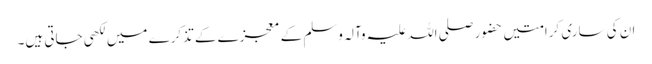
ان کی ساری کرامتیں حضور صلی اللہ علیہ وآلہ وسلم کے معجزے کے تذکرے میں لکھی جاتی ہیں۔